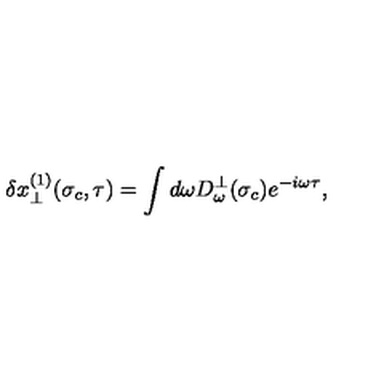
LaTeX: \delta x _ { \perp } ^ { ( 1 ) } ( \sigma _ { c } , \tau ) = \int d \omega D _ { \omega } ^ { \perp } ( \sigma _ { c } ) e ^ { - i \omega \tau } ,